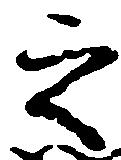
之